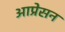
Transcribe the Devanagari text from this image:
आप्रेसन